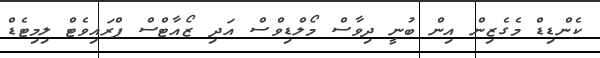
ކެންޑިޑް މެގެޒިން އިން ބުނީ ދިވާސް މޯލްޑިވްސް އަދި ޒޯއާޓްސް ޕްރައިވެޓް ލިމިޓެޑް